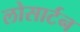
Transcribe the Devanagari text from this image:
लोसार्टन